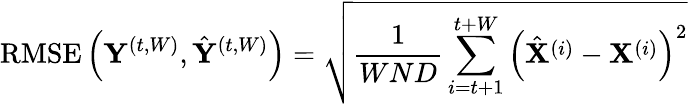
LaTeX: \operatorname{RMSE}\left(\mathbf{Y}^{(t,W)},\hat{\mathbf{Y}}^{(t,W)}\right)=\sqrt{\frac{1}{WND}\sum_{i=t+1}^{t+W}\left(\hat{\mathbf{X}}^{(i)}-\mathbf{X}^{(i)}\right)^{2}}